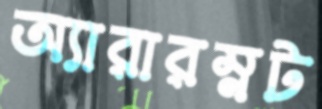
অ্যারারম্নট